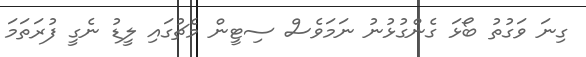
ގިނަ ވަގުތު ބޯޅަ ގެންގުޅުނު ނަމަވެސް ސިޓީން މެޗުގައި ލީޑު ނެގީ ފުރަތަމަ